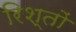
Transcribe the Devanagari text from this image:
रिश्‍तों